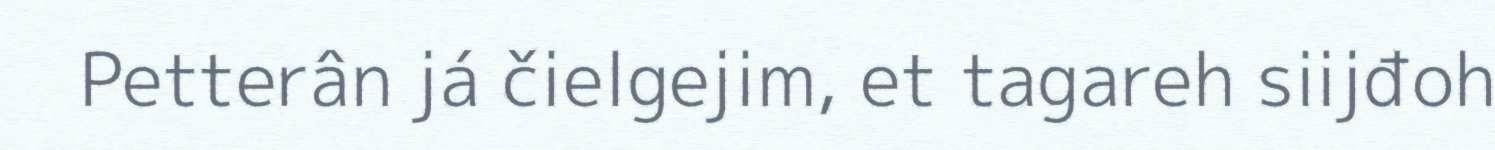
Petterân já čielgejim, et tagareh siijđoh